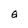
Character: Q